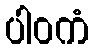
ပါဝကံ